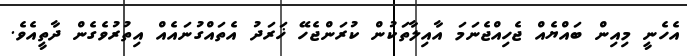
އެހެނީ މިއިން ބައްޔެއް ޖެހިއްޖެނަމަ އާއިލާތަކުން ކުރަންޖެހޭ ޚަރަދު އެތައްގުނައެއް އިތުރުވެގެން ދާތީއެވެ.